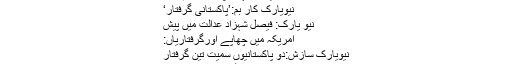
فیصل شہزاد پر فرد جرم عائد
نیویارک کار بم:’پاکستانی گرفتار‘
نیو یارک: فیصل شہزاد عدالت میں پیش
امریکہ میں چھاپے اورگرفتاریاں:
نیویارک سازش:دو پاکستانیوں سمیت تین گرفتار
فیصل شہزاد: چارج شیٹ کی تفصیل جاری